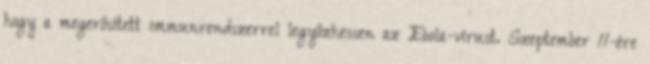
hogy a megerősített immunrendszerrel legyőzhessen az Ebola-vírust. Szeptember 11-ére